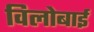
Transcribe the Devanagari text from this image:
विलोबाई